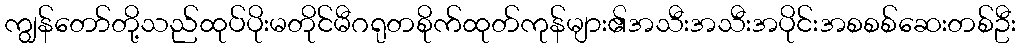
ကျွန်တော်တို့သည်ထုပ်ပိုးမတိုင်မီဂရုတစိုက်ထုတ်ကုန်များ၏အသီးအသီးအပိုင်းအစစစ်ဆေးတစ်ဦး